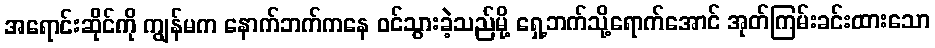
အရောင်းဆိုင်ကို ကျွန်မက နောက်ဘက်ကနေ ဝင်သွားခဲ့သည်မို့ ရှေ့ဘက်သို့ရောက်အောင် အုတ်ကြမ်းခင်းထားသော